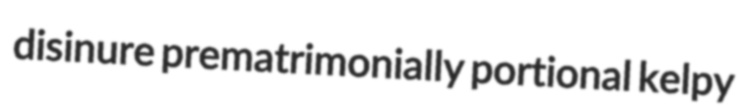
disinure prematrimonially portional kelpy